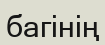
багінің